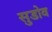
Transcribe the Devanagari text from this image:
सुडोव